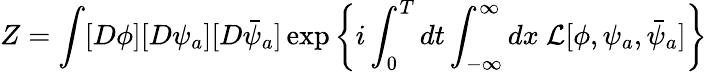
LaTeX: Z=\int[D\phi][D\psi_{a}][D\bar{\psi}_{a}]\exp\left\{ i\int_{0}^{T}dt\int_{-\infty}^{\infty}dx\ {\cal L}[\phi,\psi_{a},\bar{\psi}_{a}]\right\}